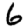
Digit: 6